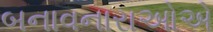
બનાવનારાઓએ